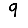
Digit: 9